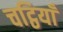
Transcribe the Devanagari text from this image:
चट्ठियाँ